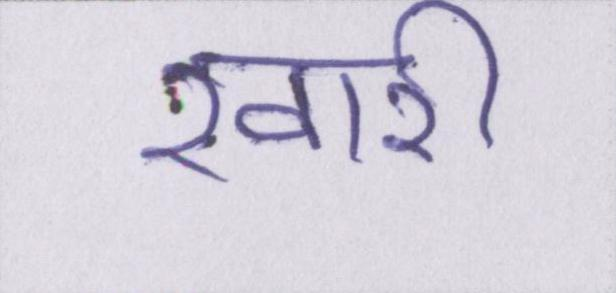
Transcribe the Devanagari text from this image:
खारी